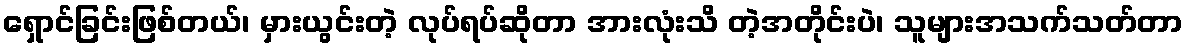
ရှောင်ခြင်းဖြစ်တယ်၊ မှားယွင်းတဲ့ လုပ်ရပ်ဆိုတာ အားလုံးသိ တဲ့အတိုင်းပဲ၊ သူများအသက်သတ်တာ